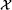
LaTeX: \scriptscriptstyle\mathcal{X}